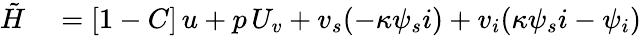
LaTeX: \begin{array}{rl}{\tilde{H}}&{{}=[1-C]\, u+p\, U_{v}+v_{s}(-\kappa\psi_{s}i)+v_{i}(\kappa\psi_{s}i-\psi_{i})}\end{array}